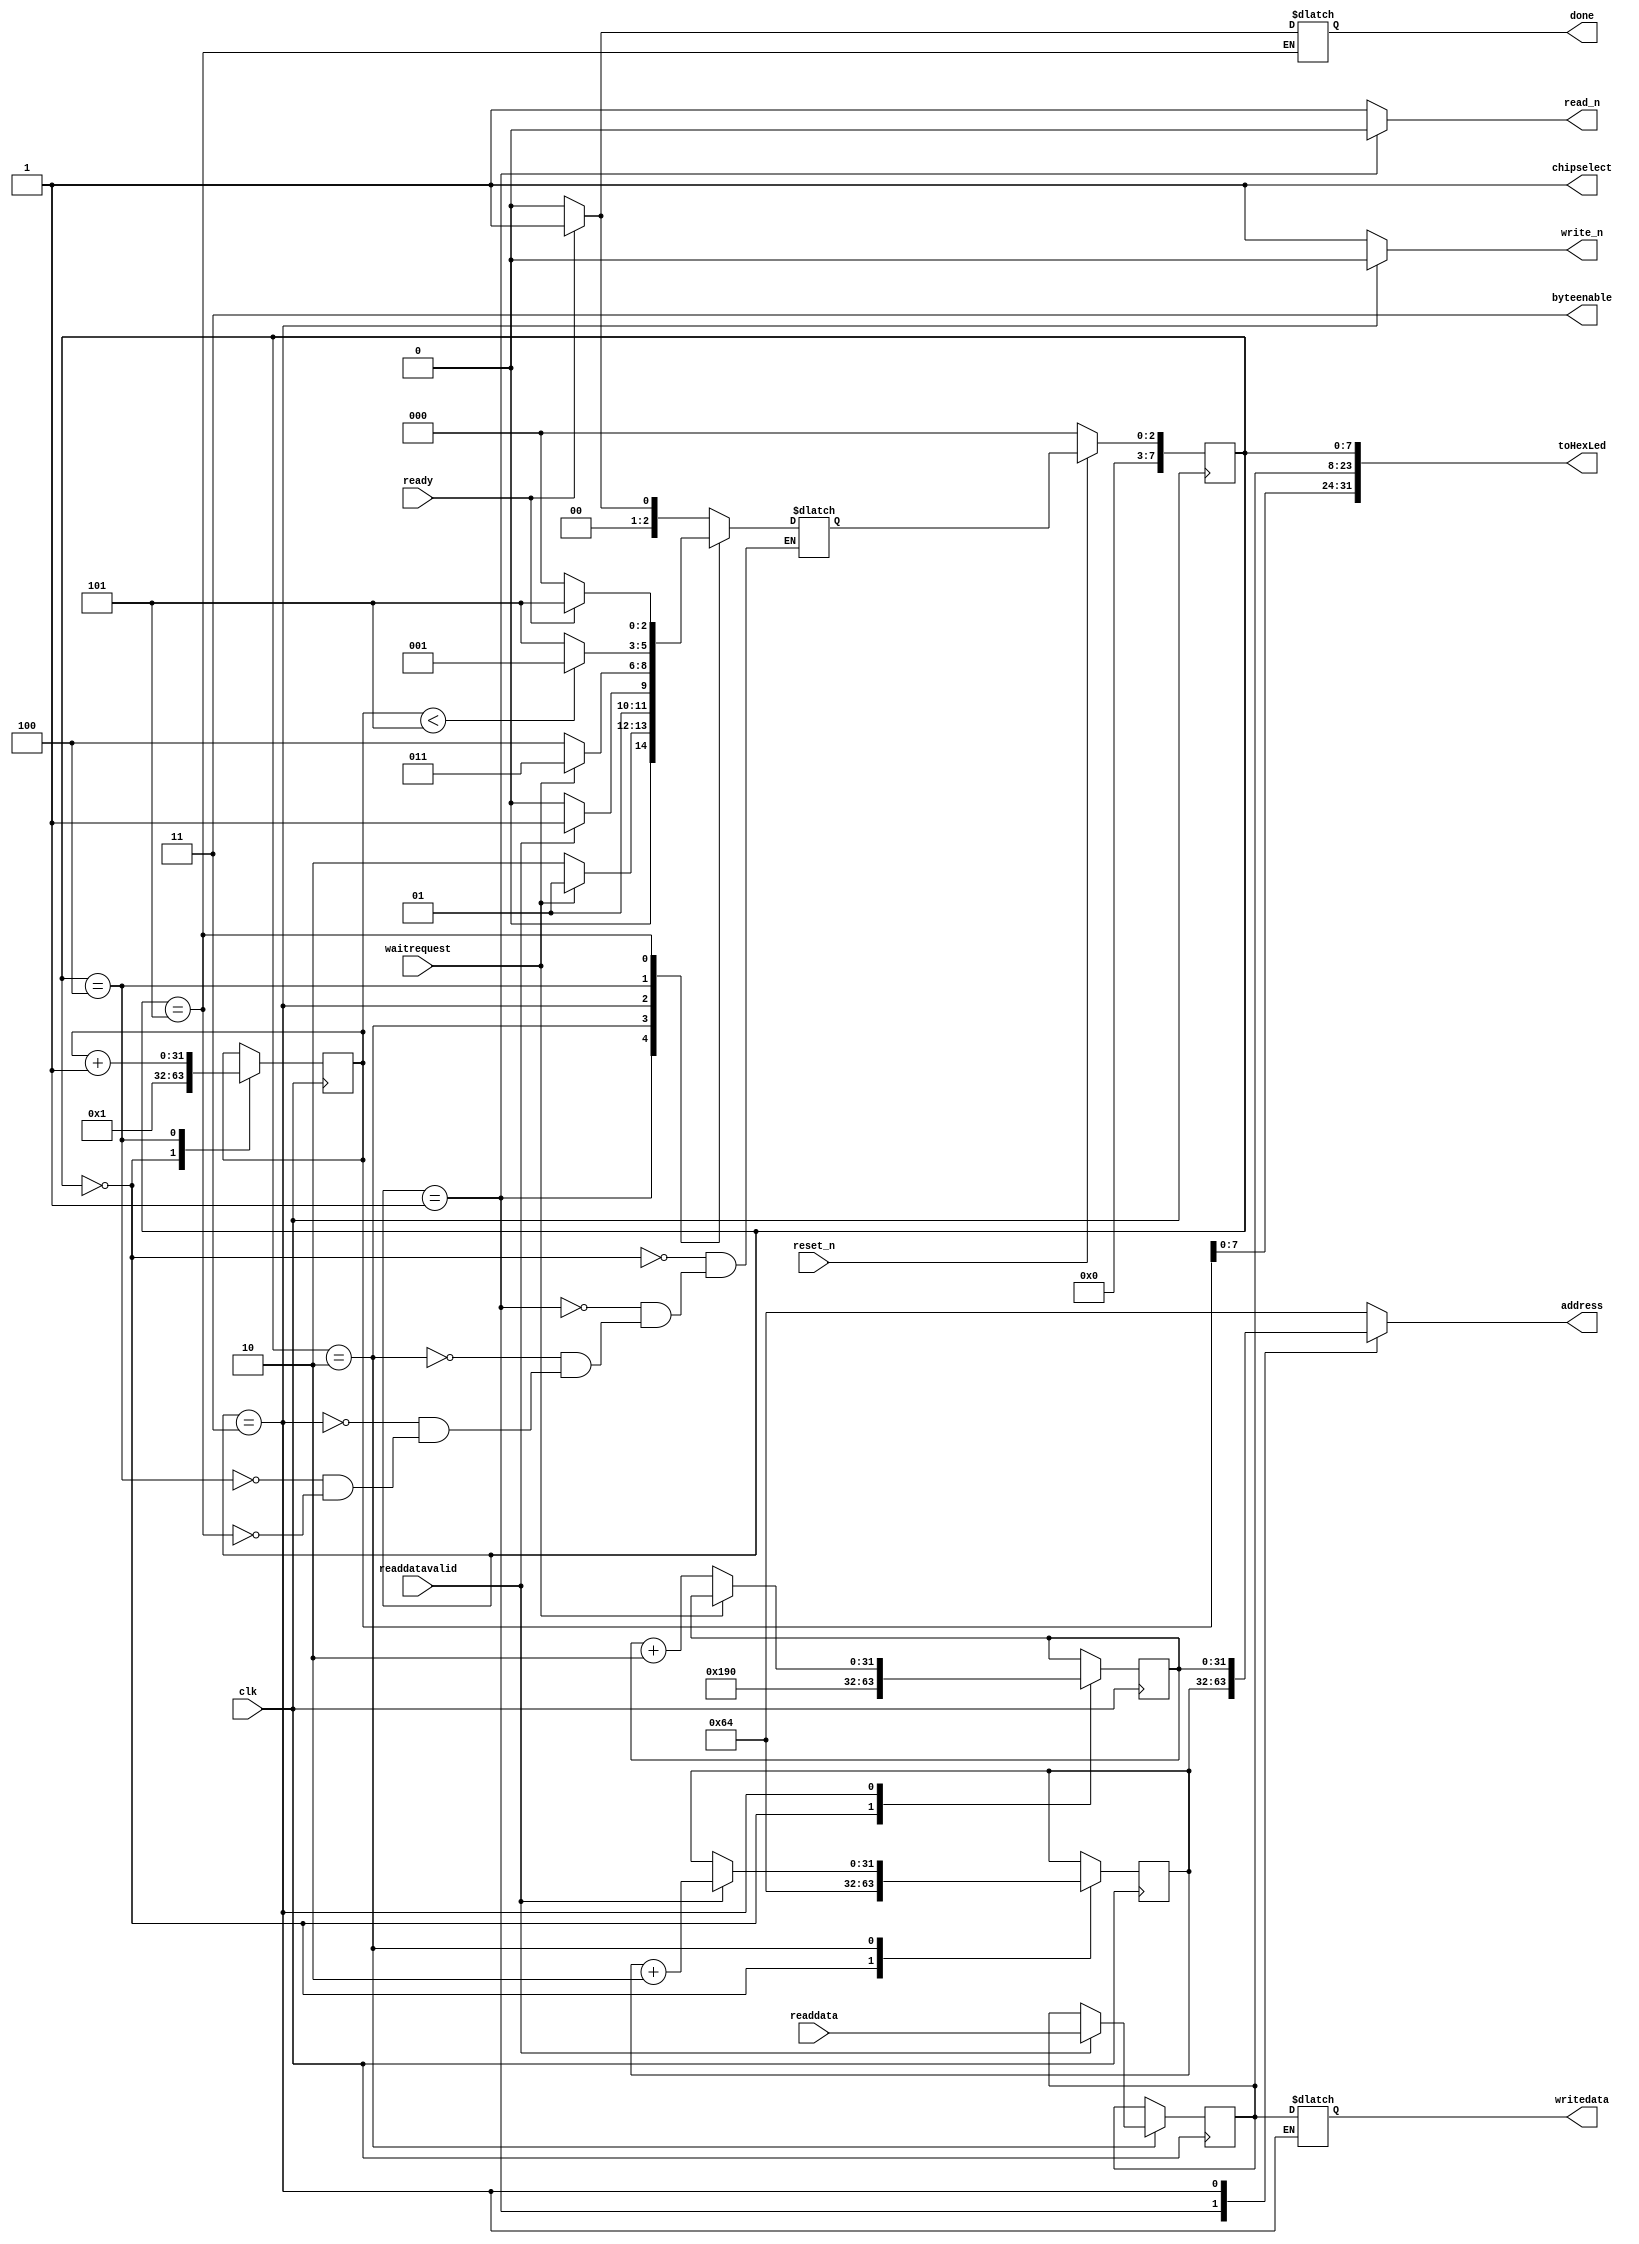
module sdram_rx2(
input clk,
input reset_n,
input waitrequest,
input readdatavalid,
input [15:0] readdata,

output chipselect,
output [1:0] byteenable,
output reg read_n,
output reg write_n,

output reg [15:0] writedata,
output reg [31:0] address,

input ready,
output reg done,
output [31:0] toHexLed
);



	reg [15:0] data = 16'hA1;
	reg [7:0] state;
	reg [7:0] nextstate = 0;
	reg [31:0] addr = 10;
	reg [31:0] addw = 100;
	reg [31:0] counter = 1;

	assign toHexLed = {counter,data,state};
	//assign toHexLed [15:0] = data [15:0];
	//assign toHexLed [30:16] = counter [14:0];
	//assign toHexLed [33:31] = state [2:0];

	assign chipselect = 1;
	assign byteenable = 2'b11;

	always @ (posedge clk)
	begin
		state <= nextstate;
		if(reset_n == 0)
		begin
			state <= 0;
		end
	end

	always @ (posedge clk)
	begin
		counter <= counter;
		addr <= addr;
		addw <= addw;
		case(state)
			8'h0:
			begin
				counter <= 1;
				addr <= 100;
				addw <= 400;
			end

			// Read request
			8'h1:
			begin

			end

			// Read request pt2
			8'h2:
			begin
				data <= (readdatavalid) ? readdata : data;
				addr <= (readdatavalid) ? addr + 2 : addr;
			end

			// Write request
			8'h3:
			begin
				addw <= (waitrequest) ? addw : addw + 2;
			end

			8'h4:
			begin
				counter <= counter + 1;
			end

			8'h5:
			begin
			end
		endcase
	end

	always @ (*)
	begin
		// state [7:0] <= nextstate [7:0];
		read_n <= 1;
		write_n <= 1;
		address <= 100;

		case(state [7:0])
			// Wait for ready == 1
			8'h0:
			begin
				nextstate <= (ready) ? 1 : 0;
			end

			// Read request
			8'h1:
			begin
				read_n <= 0;
				address <= addr;
				nextstate <= (waitrequest) ? 1 : 2;
			end

			// Read request pt2
			8'h2:
			begin
				nextstate <= (readdatavalid) ? 3 : 2;
			end

			// Write Request
			8'h3:
			begin
				write_n <= 0;
				address <= addw;
				writedata <= data;
				nextstate <= (waitrequest) ? 3 : 4;
			end

			8'h4:
			begin
				nextstate <= (counter < 5) ? 1 : 5;
			end

			8'h5:
			begin
				done <= (ready) ? 1 : 0;
				nextstate <= (ready) ? 5 : 0;
			end
		endcase
	end

endmodule